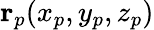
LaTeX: {\mathbf r}_{p}(x_{p},y_{p},z_{p})